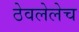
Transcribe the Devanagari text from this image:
ठेवलेलेच